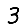
Digit: 3